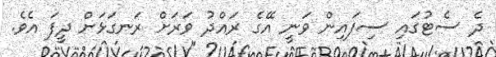
ދެ ސެޓުގައި ސިފައިން ވަނީ އޭގެ ރައްދު ވަރަށް ރަނގަޅަށް ދީފަ އެވެ.